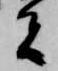
者